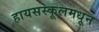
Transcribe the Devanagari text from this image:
हायसस्कूलमधून